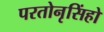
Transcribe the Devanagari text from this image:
परतोनृसिंहो